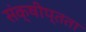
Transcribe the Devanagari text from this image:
संक्षीप्तता